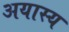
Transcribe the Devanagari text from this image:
अयास्य